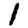
Digit: 1